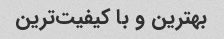
بهترین و با کیفیت‌ترین